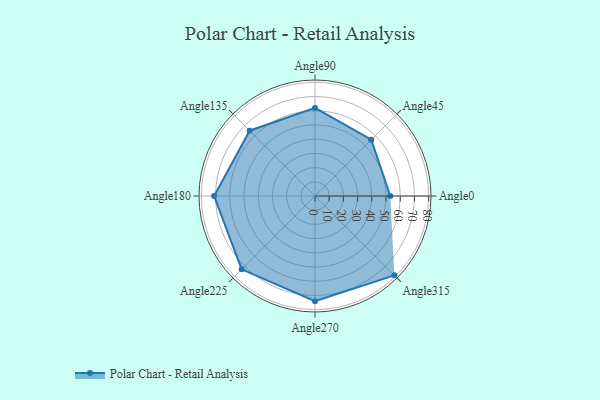
{"axis": {"x": "Angle", "y": "Radius"}, "legend": [""], "data": [{"x": "Angle0", "y": 53.0, "type": ""}, {"x": "Angle45", "y": 56.0, "type": ""}, {"x": "Angle90", "y": 62.0, "type": ""}, {"x": "Angle135", "y": 65.0, "type": ""}, {"x": "Angle180", "y": 71.0, "type": ""}, {"x": "Angle225", "y": 73.0, "type": ""}, {"x": "Angle270", "y": 74.0, "type": ""}, {"x": "Angle315", "y": 79.0, "type": ""}]}